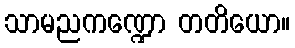
သာမညကဏ္ဍော တတိယော။